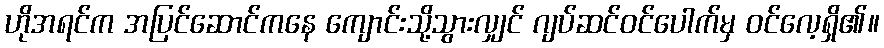
ဟိုအရင်က အပြင်ဆောင်ကနေ ကျောင်းသို့သွားလျှင် ဂျပ်ဆင်ဝင်ပေါက်မှ ဝင်လေ့ရှိ၏။